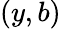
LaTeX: (y,b)